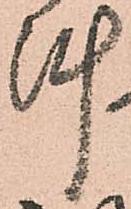
陣